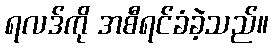
ရလဒ်ကို အစီရင်ခံခဲ့သည်။